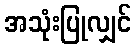
အသုံးပြုလျှင်